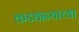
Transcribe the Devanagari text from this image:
कडधान्याच्या